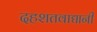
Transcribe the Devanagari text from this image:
दहशतवाद्यानी